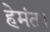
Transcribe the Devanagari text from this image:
हेमंत।